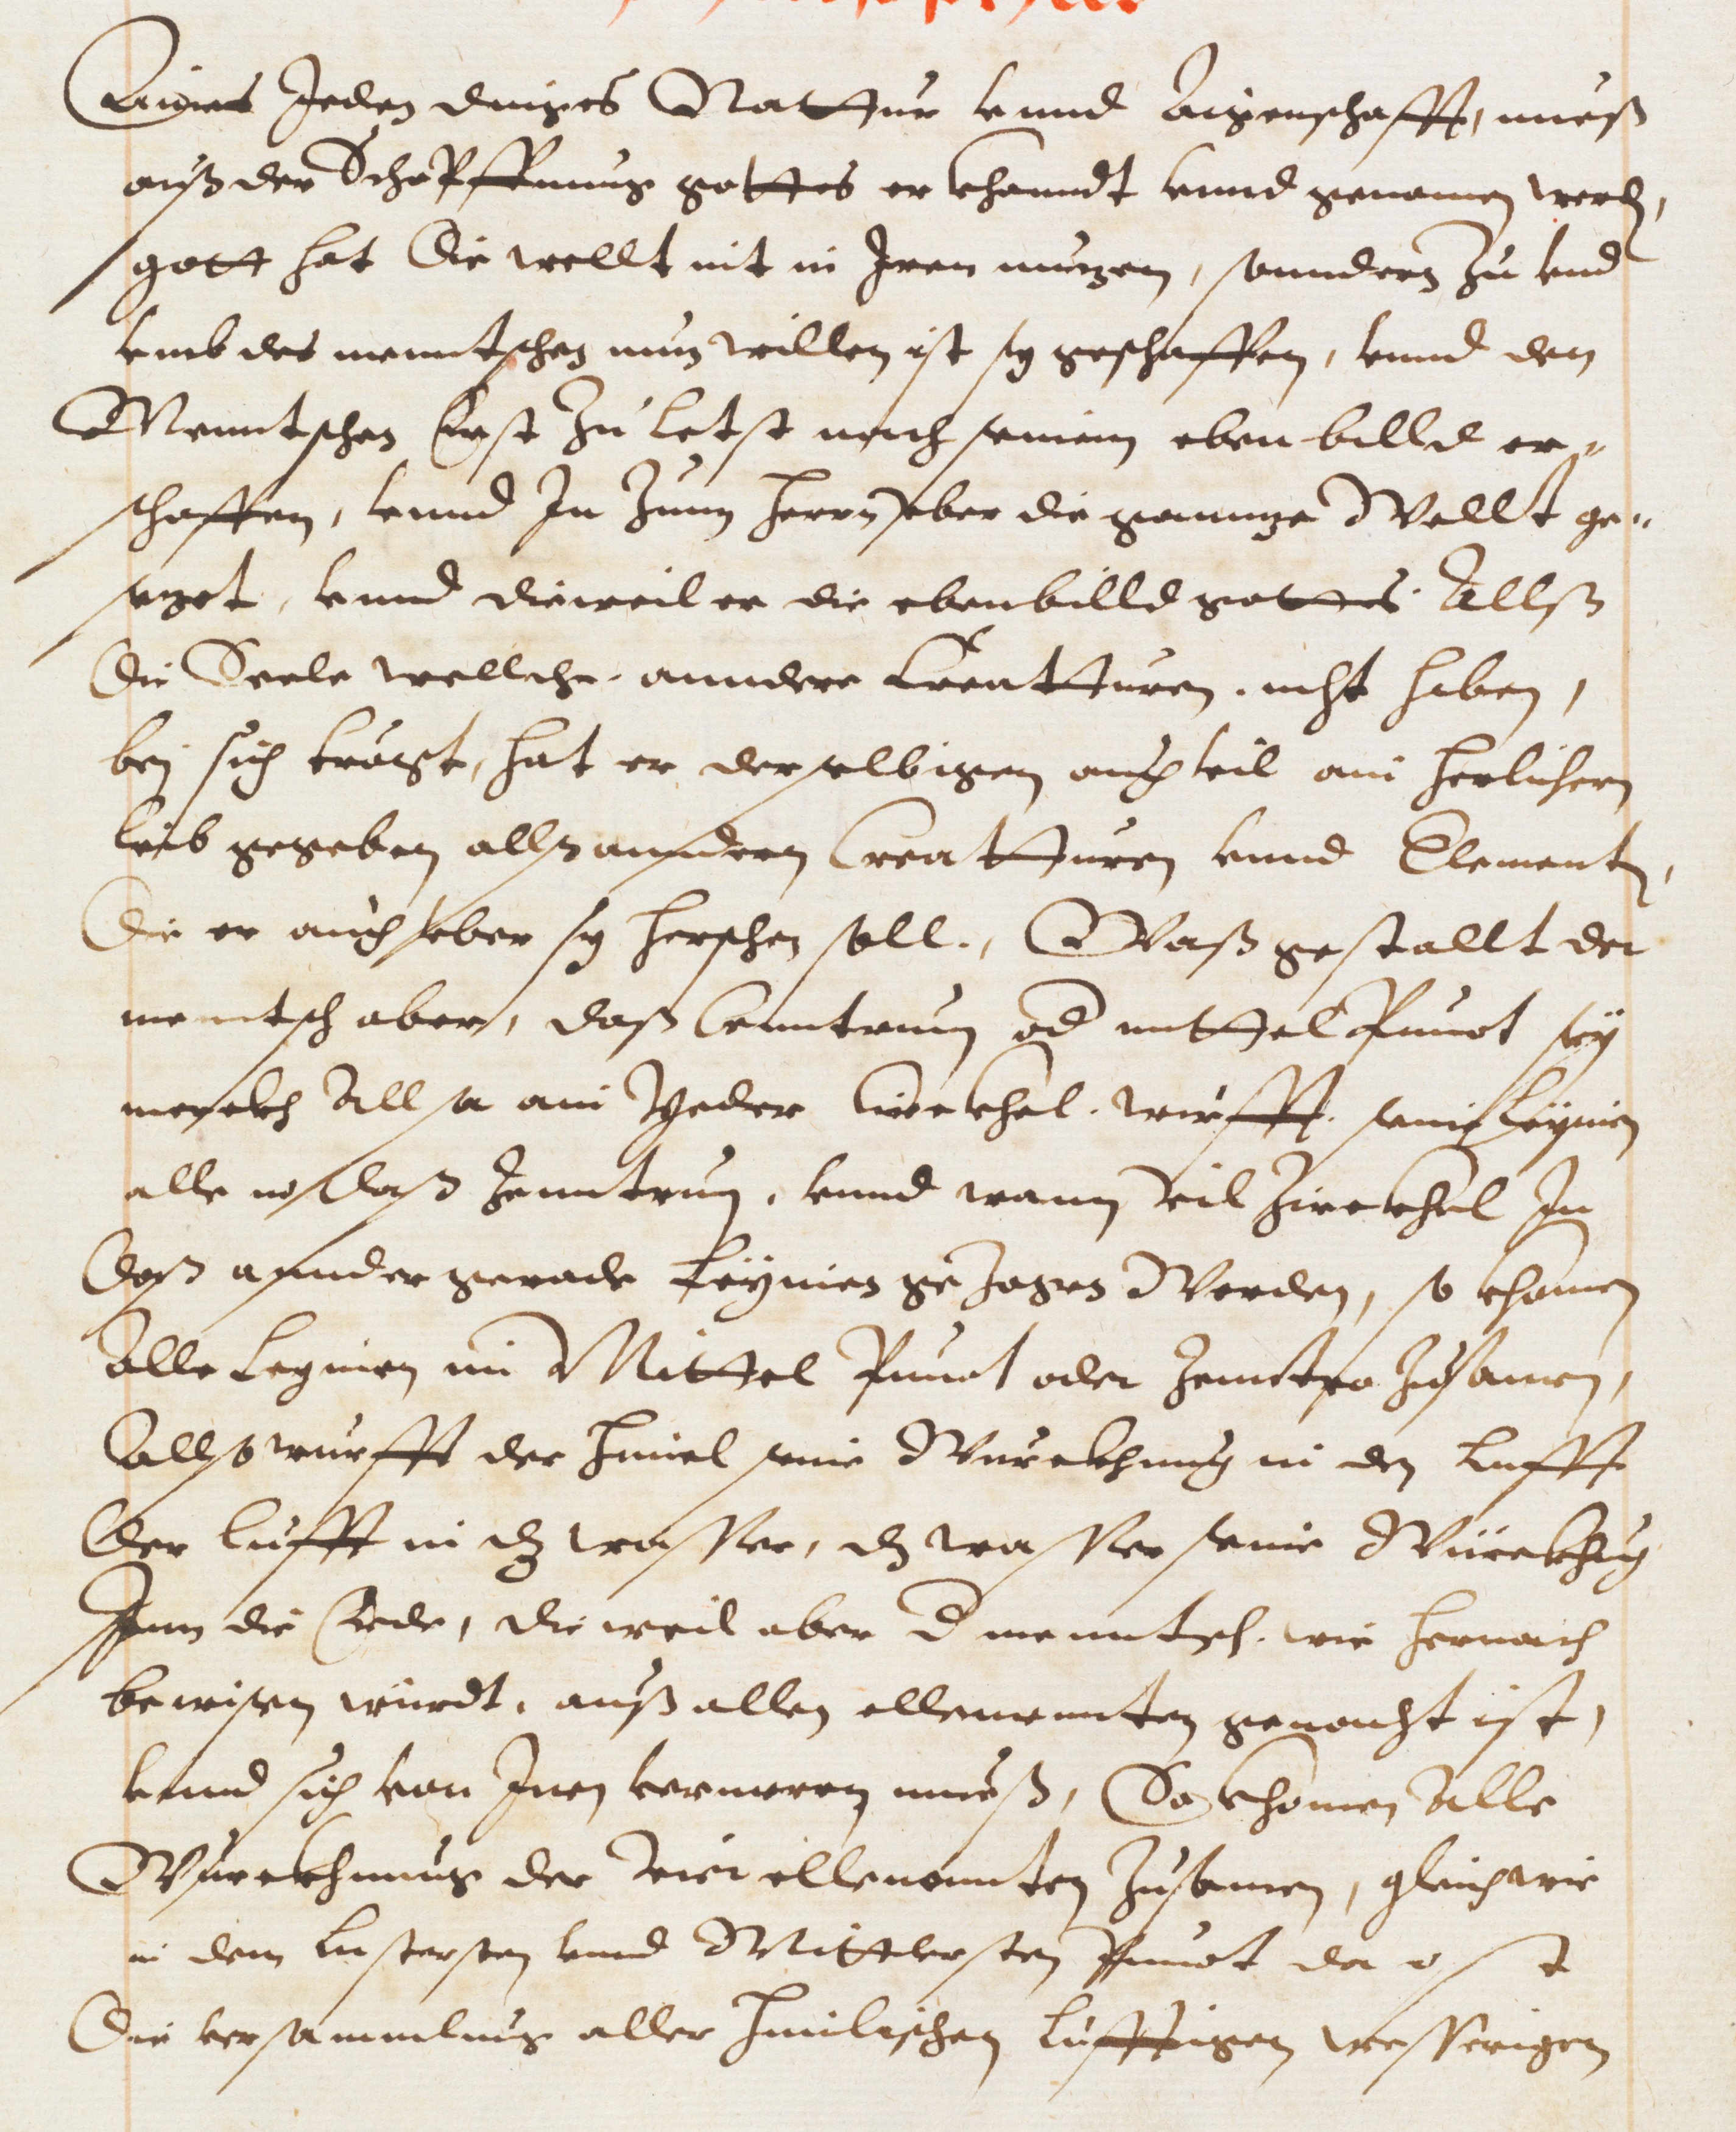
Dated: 1593–1593